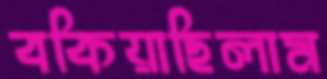
বকিয়াছিলাম